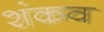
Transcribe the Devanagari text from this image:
शंकव